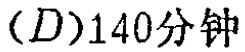
$(D)140\text{分钟}$